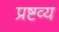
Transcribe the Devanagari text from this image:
प्रष्टव्य